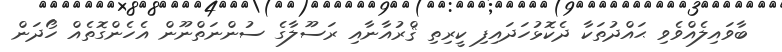
ބާވައިލެއްވެވި ޙައްދުތަކާ ދެކޮޅުހަދައިފި ކީރިތި ޤްރުއާނާއި ރަސޫލާގެ ސުންނަތްނޫން އެހެންގޮތެއް ހޯދަން